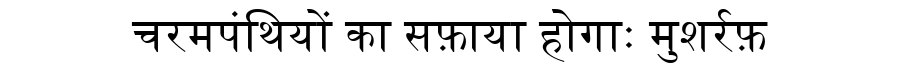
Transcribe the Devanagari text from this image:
चरमपंथियों का सफ़ाया होगाः मुशर्रफ़